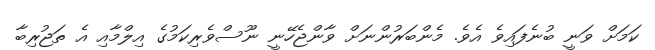
ކަމަށް ވަނީ ބުނެފައިވެ އެވެ. މެންބަރުންނަށް ވާންޖެހޭނީ ނޫސްވެރިކަމުގެ އިލްމާއި އެ ތަޖުރިބާ